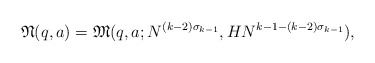
\begin{align*}\mathfrak N(q,a)=\mathfrak M(q,a;N^{(k-2)\sigma_{k-1}},HN^{k-1-(k-2)\sigma_{k-1}}),\end{align*}